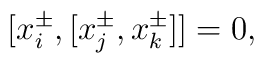
[x_{i}^{\pm},[x_{j}^{\pm},x_{k}^{\pm}]] = 0 ,